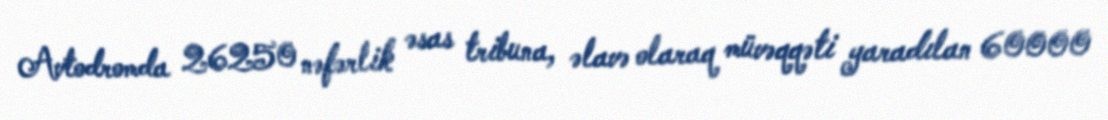
Avtodromda 26250 nəfərlik əsas tribuna, əlavə olaraq müvəqqəti yaradılan 60000